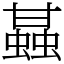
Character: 䗣